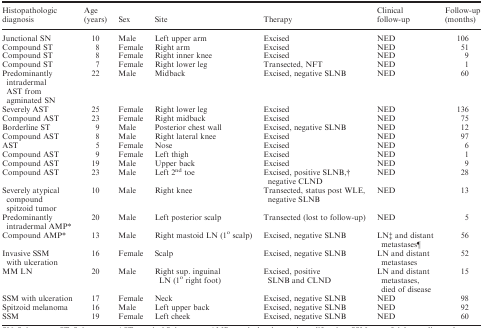
| Histopathologic diagnosis | Age (years) | Sex | Site | Therapy | Clinical follow-up | Follow-up (months) |
 | --- | --- | --- | --- | --- | --- | --- |
 | Junctional SN | 10 | Male | Left upper arm | Excised | NED | 106 |
 | Compound ST | 8 | Female | Right arm | Excised | NED | 51 |
 | Compound ST | 8 | Female | Right inner knee | Excised | NED | 9 |
 | Compound ST | 7 | Female | Right lower leg | Transected, NFT | NED | 1 |
 | Predominantly intradermal AST from agminated SN | 22 | Male | Midback | Excised, negative SLNB | NED | 60 |
 | Severely AST | 25 | Female | Right lower leg | Excised | NED | 136 |
 | Compound AST | 23 | Female | Right midback | Excised | NED | 75 |
 | Borderline ST | 9 | Male | Posterior chest wall | Excised, negative SLNB | NED | 12 |
 | Compound AST | 8 | Male | Right lateral knee | Excised | NED | 97 |
 | AST | 5 | Female | Nose | Excised | NED | 6 |
 | Compound AST | 9 | Female | Left thigh | Excised | NED | 1 |
 | Compound AST | 19 | Male | Upper back | Excised | NED | 9 |
 | Compound AST | 23 | Male | Left 2nd toe | Excised, positive SLNB,† negative CLND | NED | 28 |
 | Severely atypical compound spitzoid tumor | 10 | Male | Right knee | Transected, status post WLE, negative SLNB | NED | 13 |
 | Predominantly intradermal AMP* | 20 | Male | Left posterior scalp | Transected (lost to follow-up) | NED | 5 |
 | Compound AMP* | 13 | Male | Right mastoid LN (1o scalp) | Excised, negative SLNB | LN‡ and distant metastases¶ | 56 |
 | Invasive SSM with ulceration | 16 | Female | Scalp | Excised, negative SLNB | LN and distant metastases | 52 |
 | MM LN | 20 | Male | Right sup. inguinal LN (1o right foot) | Excised, positive SLNB and CLND | LN and distant metastases, died of disease | 15 |
 | SSM with ulceration | 17 | Female | Neck | Excised, negative SLNB | NED | 98 |
 | Spitzoid melanoma | 16 | Male | Left upper back | Excised, negative SLNB | NED | 92 |
 | SSM | 19 | Female | Left cheek | Excised, negative SLNB | NED | 60 |